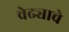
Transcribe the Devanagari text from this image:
वेढ्याचे